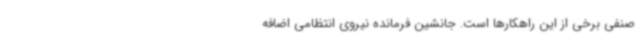
صنفی برخی از این راهکارها است. جانشین فرمانده نیروی انتظامی اضافه